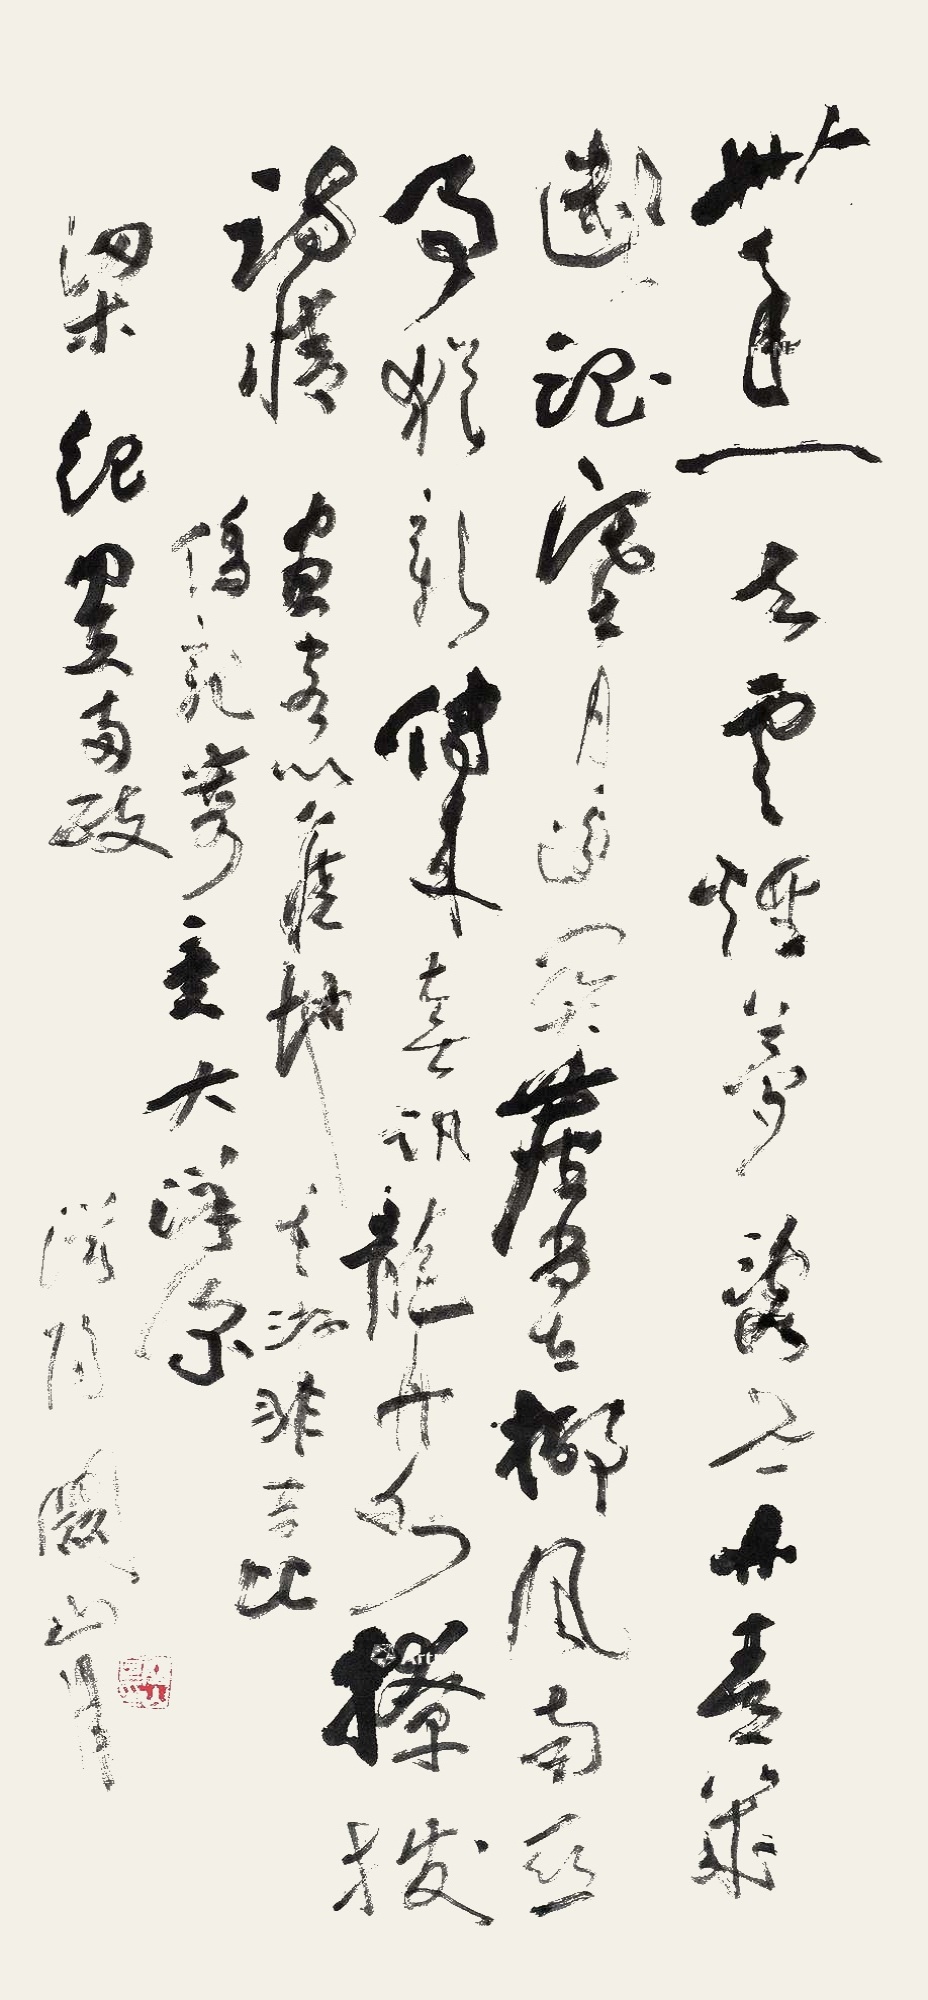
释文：卅年一去云烟梦，乱世丹青几断魂。塞月边关尘当在，椰风南亚事犹新。传来喜汛龙舟水，撩拨诗情画客心。旧地重游非昔比，侨亲寄意大洋深。梁纪同志两政，漠阳关山月。